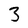
Character: 3